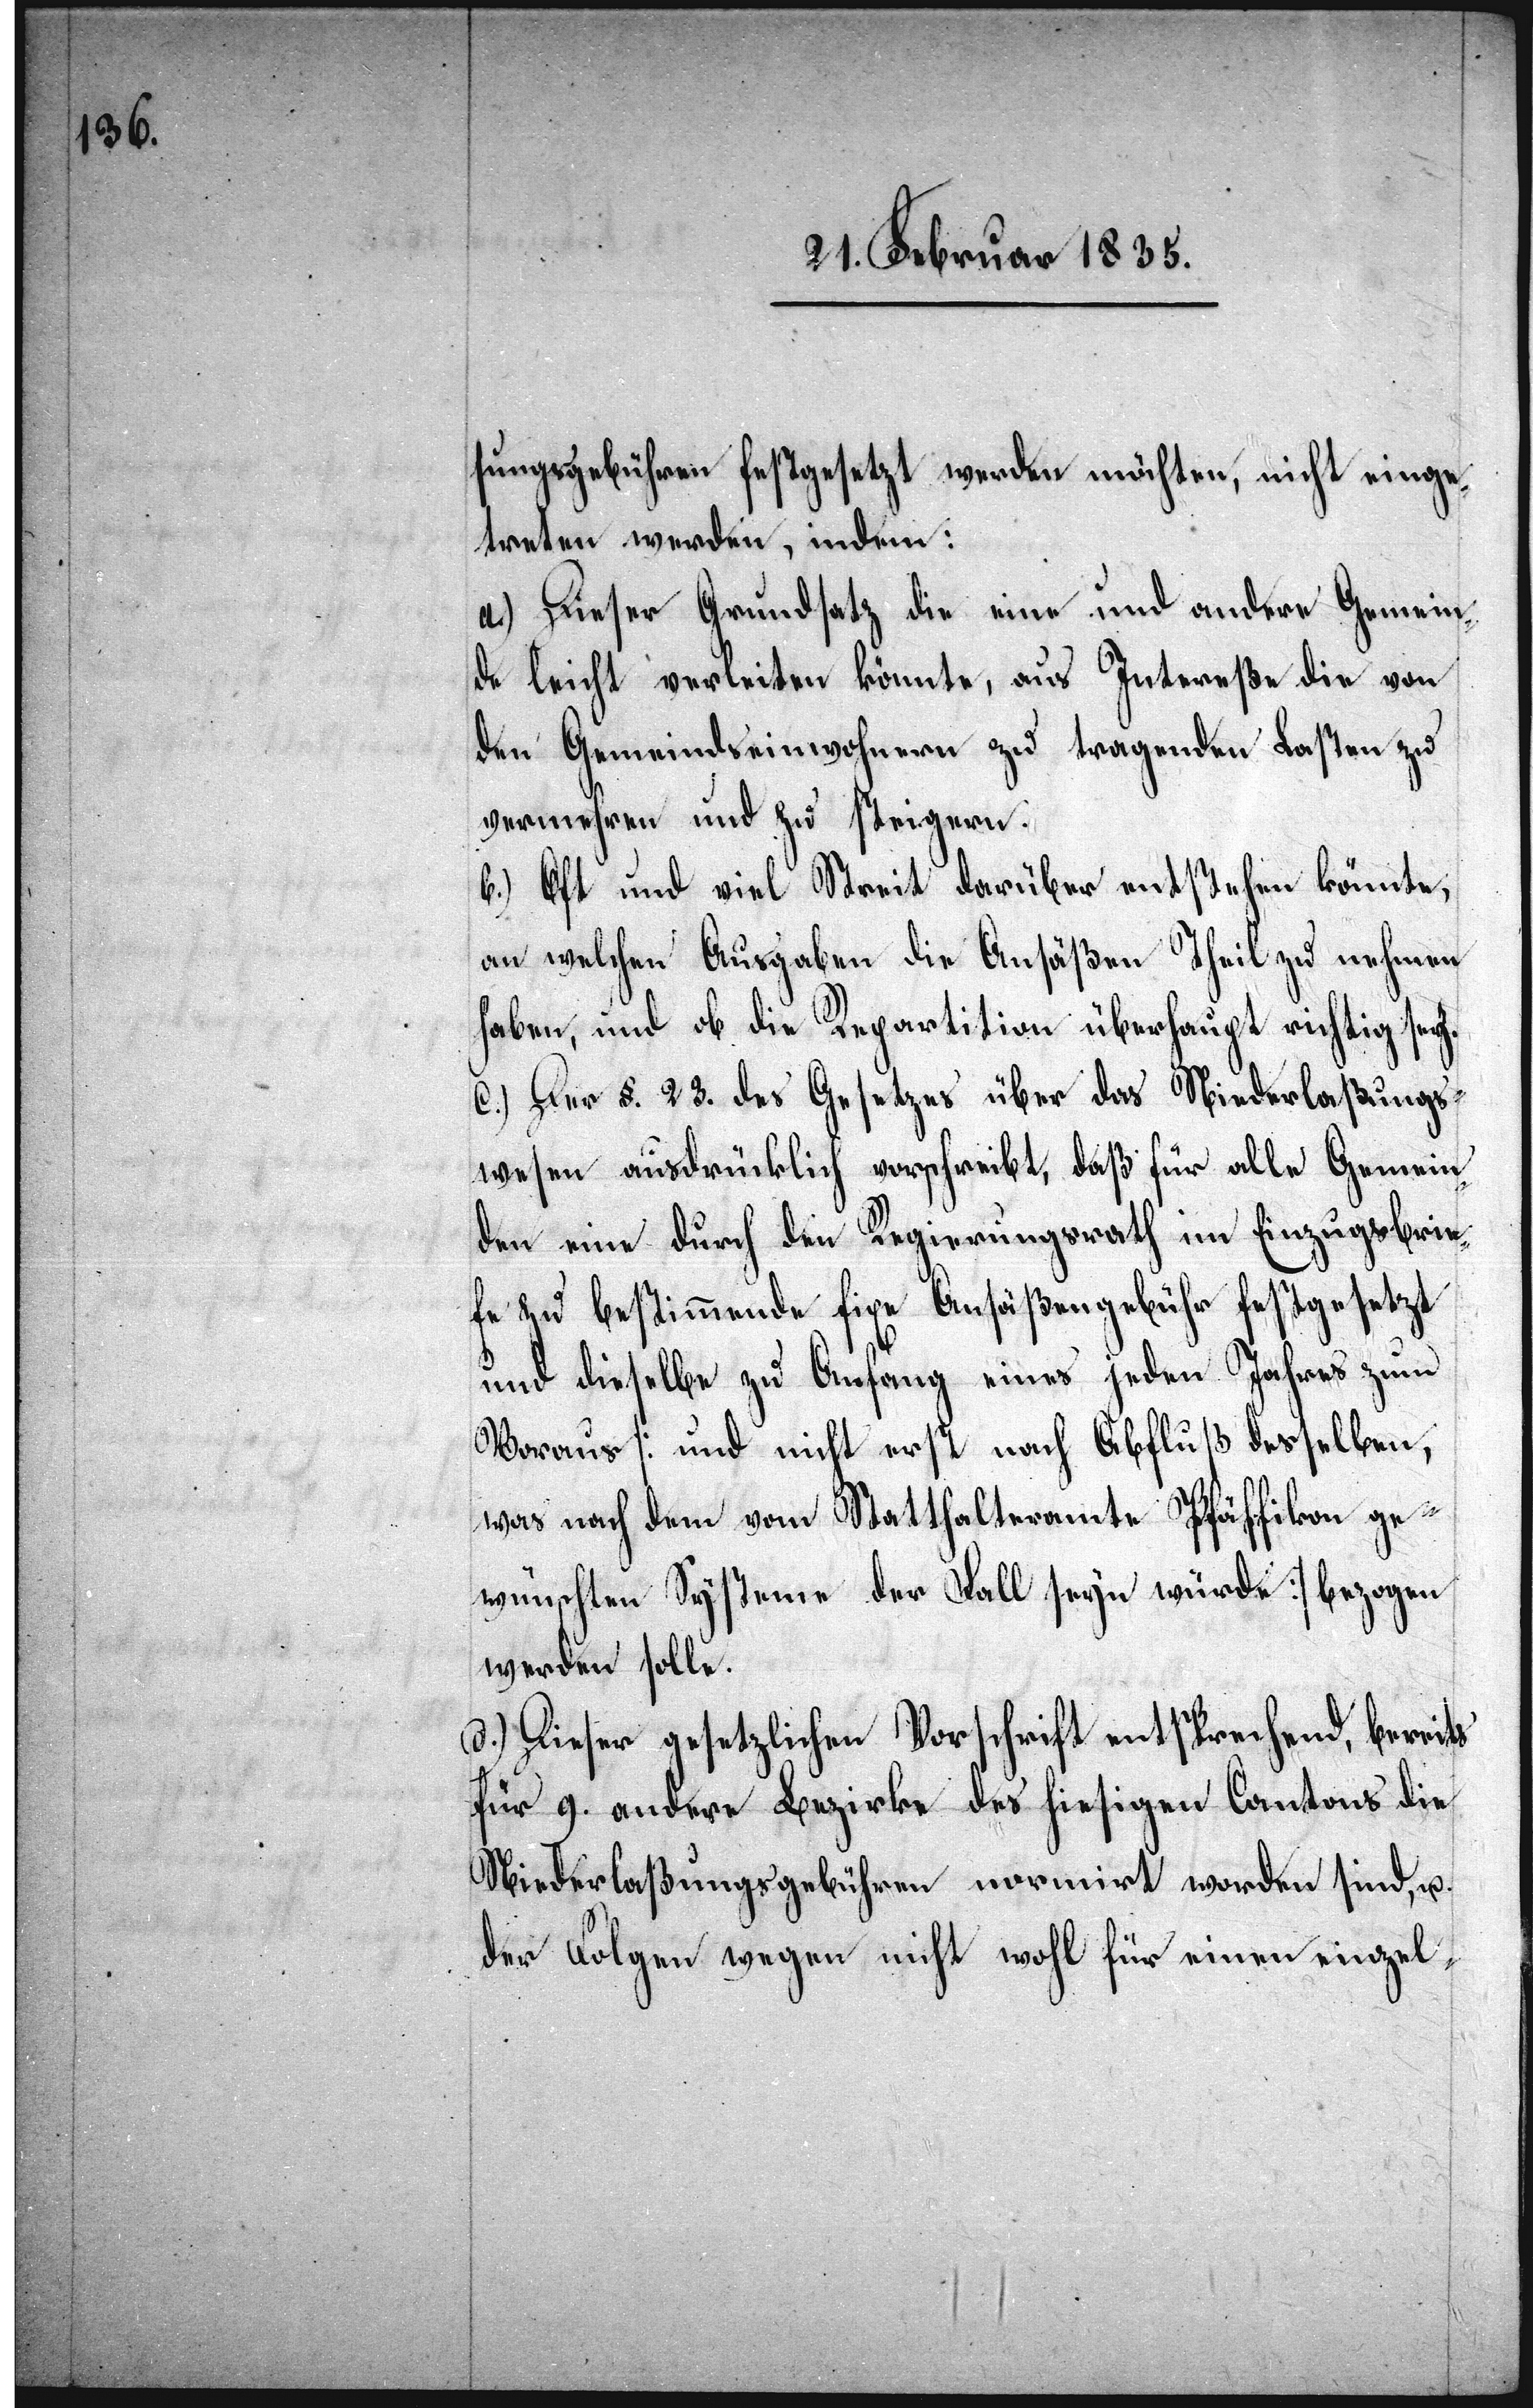
sungsgebühren festgesetzt werden möchten, nicht einge¬
treten werden, indem:
a.) Dieser Grundsatz die eine und andere Gemein¬
de leicht verleiten könnte, aus Intereße die von
den Gemeindseinwohnern zu tragenden Lasten zu
vermehren und zu steigern.
b.) Oft und viel Streit darüber entstehen könnte,
an welchen Ausgaben die Ansäßen Theil zu nehmen
haben, und ob die Repartition überhaupt richtig sey.
c.) Der §. 23. des Gesetzes über das Niederlaßungs¬
wesen ausdrücklich vorschreibt, daß für alle Gemein¬
den eine durch den Regierungsrath im Einzugsbrie¬
fe zu bestimmende fixe Ansäßengebühr festgesetzt
und dieselbe zu Anfang eines jeden Jahres zum
Voraus [und nicht erst nach Abfluß desselben,
was nach dem vom Statthalteramte Pfäffikon ge¬
wünschten Systeme der Fall sey würde] bezogen
werden solle.
d.) Dieser gesetzlichen Vorschrift entsprechend, bereits
für 9. andere Bezirke des hiesigen Cantons die
Niederlaßungsgebühren normirt worden sind, u.
der Folgen wegen nicht wohl für einen einzel-